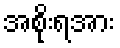
အစိုးရအား